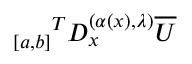
{ _ { [ a , b ] } } ^ { T } D _ { x } ^ { ( \alpha ( x ) , { \lambda } ) } \overline { { U } }